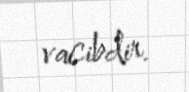
vacibdir.